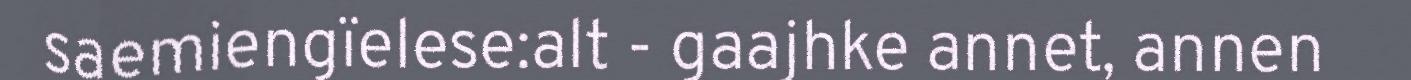
saemiengïelese:alt - gaajhke annet, annen